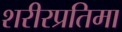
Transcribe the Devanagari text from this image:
शरीरप्रतिमा